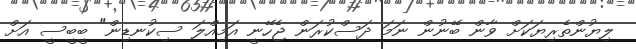
ލިޔުންތެރިޔަކަށް ވާން ބޭނުން ނަމަ ދަސްކުރަން ޖެހޭނީ އަމިއްލަ ސިކުނޑިން" ބީބީސީ އަށް